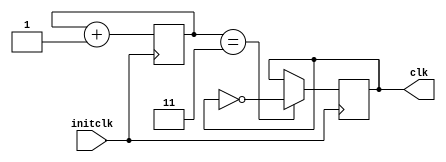
`timescale 1ns / 1ps

module div(
	input initclk,
	output reg clk
    );

reg [1:0] count=0;
initial clk=0;
always@(posedge initclk)
begin
	if (count==2'b11) begin
		clk<=~clk;
		count<=count+1;
	end
	else count<=count+1;
end

endmodule